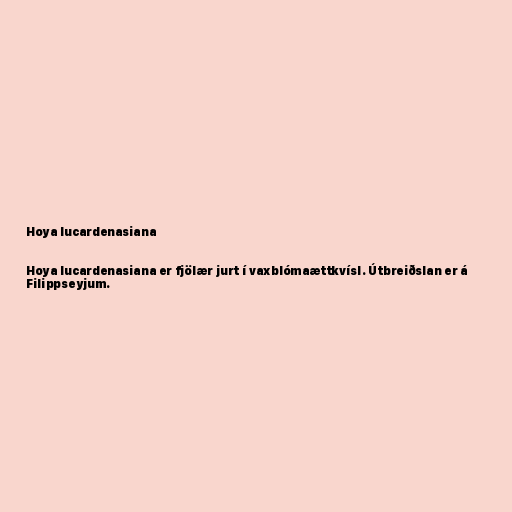
Hoya lucardenasiana

Hoya lucardenasiana er fjölær jurt í vaxblómaættkvísl. Útbreiðslan er á
Filippseyjum.